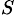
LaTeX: _S